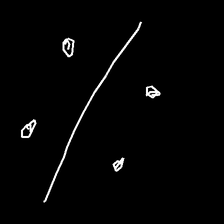
Glyph: cool